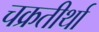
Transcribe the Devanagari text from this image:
चक्रतीर्था